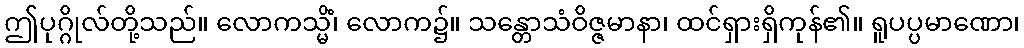
ဤပုဂ္ဂိုလ်တို့သည်။ လောကသ္မိံ၊ လောက၌။ သန္တောသံဝိဇ္ဇမာနာ၊ ထင်ရှားရှိကုန်၏။ ရူပပ္ပမာဏော၊